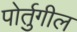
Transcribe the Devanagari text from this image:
पोर्तुगील